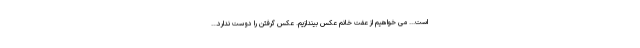
است... می خواهیم از عفت خانم عکس بیندازیم. عکس گرفتن را دوست ندارد...